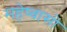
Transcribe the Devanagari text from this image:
महेष्वासो